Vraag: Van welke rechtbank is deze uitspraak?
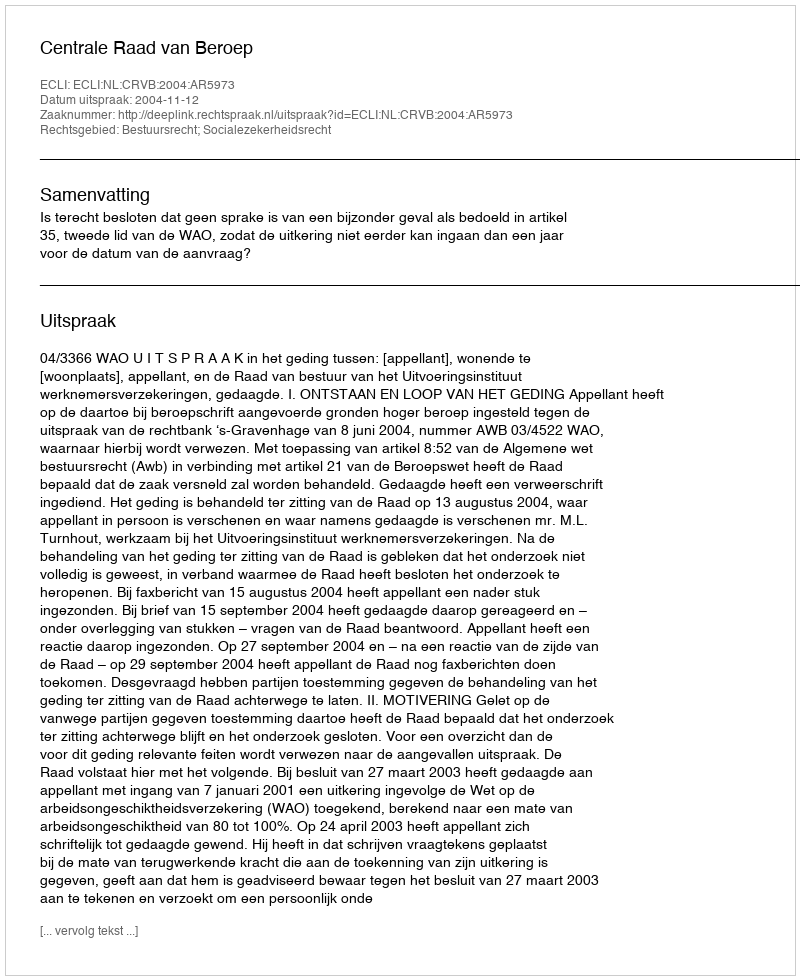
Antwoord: Centrale Raad van Beroep